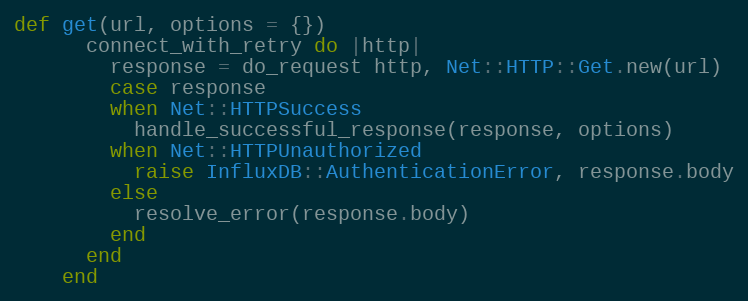
Language: Ruby
def get(url, options = {})
      connect_with_retry do |http|
        response = do_request http, Net::HTTP::Get.new(url)
        case response
        when Net::HTTPSuccess
          handle_successful_response(response, options)
        when Net::HTTPUnauthorized
          raise InfluxDB::AuthenticationError, response.body
        else
          resolve_error(response.body)
        end
      end
    end